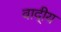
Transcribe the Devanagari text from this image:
वादी्य